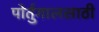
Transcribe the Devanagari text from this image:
पोर्तुगालसाठी